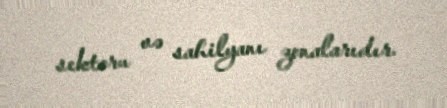
sektoru və sahilyanı zonalarıdır.